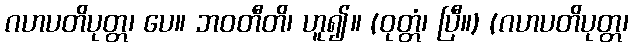
ဂဟပတိပုတ္တ၊ ပေ။ ဘဝတီတိ၊ ဟူ၍။ (ဝုတ္တံ၊ ပြီ။) (ဂဟပတိပုတ္တ၊